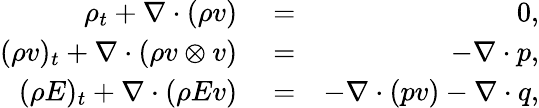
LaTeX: \begin{array}{rlr}{\rho_{t}+\nabla\cdot(\rho v)}&{{}=}&{0,}\\ {(\rho v)_{t}+\nabla\cdot(\rho v\otimes v)}&{{}=}&{-\nabla\cdot p,}\\ {(\rho E)_{t}+\nabla\cdot(\rho Ev)}&{{}=}&{-\nabla\cdot(pv)-\nabla\cdot q,}\end{array}